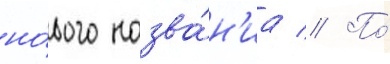
но́вого назва́н'иа // По́